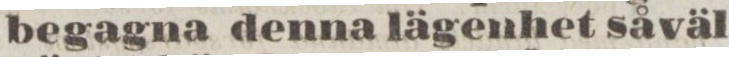
begagna denna lägenhet såväl